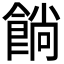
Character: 𩜋